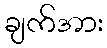
ချက်အား